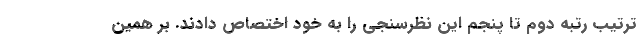
ترتیب رتبه دوم تا پنجم این نظرسنجی را به خود اختصاص دادند. بر همین